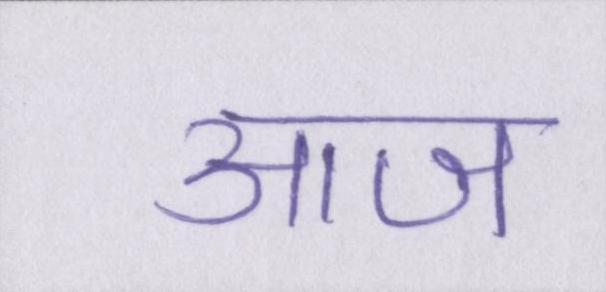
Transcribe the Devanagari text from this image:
आज